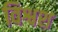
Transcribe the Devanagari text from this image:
विश्वश